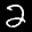
Label: 2